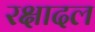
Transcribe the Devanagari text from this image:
रक्षादल